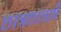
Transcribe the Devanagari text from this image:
छात्रछात्राएँ